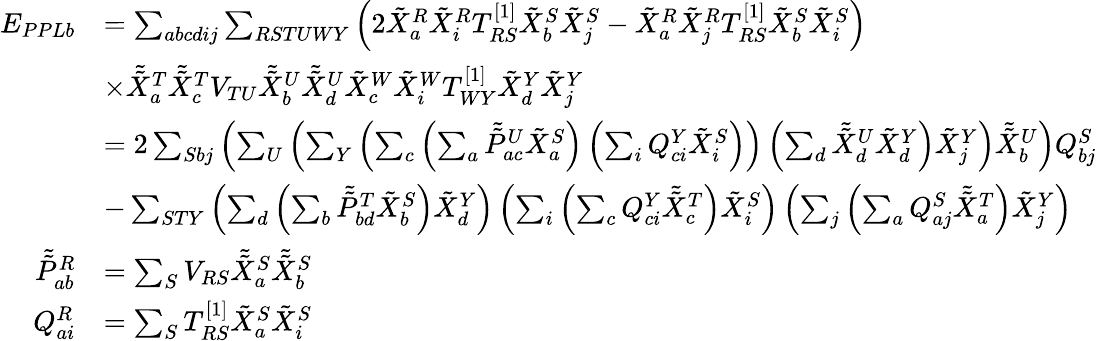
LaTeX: \begin{array}{rl}{E_{PPLb}}&{=\sum_{abcdij}\sum_{RSTUWY}\left(2\tilde{X}_{a}^{R}\tilde{X}_{i}^{R}T_{RS}^{[1]}\tilde{X}_{b}^{S}\tilde{X}_{j}^{S}-\tilde{X}_{a}^{R}\tilde{X}_{j}^{R}T_{RS}^{[1]}\tilde{X}_{b}^{S}\tilde{X}_{i}^{S}\right)}\\ &{\times\tilde{\tilde{X}}_{a}^{T}\tilde{\tilde{X}}_{c}^{T}V_{TU}\tilde{\tilde{X}}_{b}^{U}\tilde{\tilde{X}}_{d}^{U}\tilde{X}_{c}^{W}\tilde{X}_{i}^{W}T_{WY}^{[1]}\tilde{X}_{d}^{Y}\tilde{X}_{j}^{Y}}\\ &{=2\sum_{Sbj}\left(\sum_{U}\left(\sum_{Y}\left(\sum_{c}\left(\sum_{a}\tilde{\tilde{P}}_{ac}^{U}\tilde{X}_{a}^{S}\right)\left(\sum_{i}Q_{ci}^{Y}\tilde{X}_{i}^{S}\right)\right)\left(\sum_{d}\tilde{\tilde{X}}_{d}^{U}\tilde{X}_{d}^{Y}\right)\tilde{X}_{j}^{Y}\right)\tilde{\tilde{X}}_{b}^{U}\right)Q_{bj}^{S}}\\ &{-\sum_{STY}\left(\sum_{d}\left(\sum_{b}\tilde{\tilde{P}}_{bd}^{T}\tilde{X}_{b}^{S}\right)\tilde{X}_{d}^{Y}\right)\left(\sum_{i}\left(\sum_{c}Q_{ci}^{Y}\tilde{\tilde{X}}_{c}^{T}\right)\tilde{X}_{i}^{S}\right)\left(\sum_{j}\left(\sum_{a}Q_{aj}^{S}\tilde{\tilde{X}}_{a}^{T}\right)\tilde{X}_{j}^{Y}\right)}\\ {\tilde{\tilde{P}}_{ab}^{R}}&{=\sum_{S}V_{RS}\tilde{\tilde{X}}_{a}^{S}\tilde{\tilde{X}}_{b}^{S}}\\ {Q_{ai}^{R}}&{=\sum_{S}T_{RS}^{[1]}\tilde{X}_{a}^{S}\tilde{X}_{i}^{S}}\end{array}